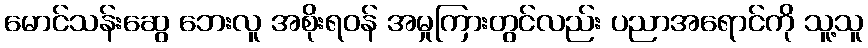
မောင်သန်းဆွေ ဘေးလူ အစိုးရဝန် အမှုကြားတွင်လည်း ပညာအရောင်ကို သူ့သူ